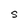
Character: S